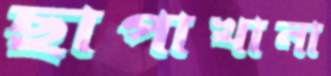
ছাপাখানা